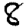
Digit: 8